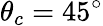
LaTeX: \theta_{c}=45^{\circ}